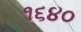
૧૬૪૦